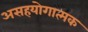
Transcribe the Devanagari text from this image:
असहयोगात्मक